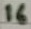
Text: 16